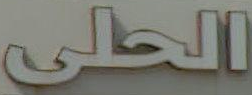
الحلى